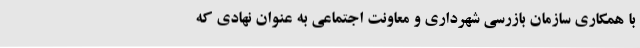
با همکاری سازمان بازرسی شهرداری و معاونت اجتماعی به عنوان نهادی که